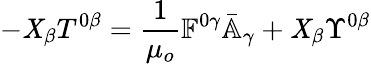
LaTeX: -\mathit{X}_{\beta}T^{0\beta}=\frac{{1}}{{\mu_{o}}}\mathbb{{F}}^{0\gamma}\bar{{\mathbb{{A}}}}_{\gamma}+\mathit{X}_{\beta}\Upsilon^{0\beta}